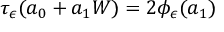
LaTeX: \tau _ { \epsilon } ( a _ { 0 } + a _ { 1 } W ) = 2 \phi _ { \epsilon } ( a _ { 1 } )